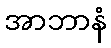
အာဘာနံ